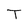
Character: T